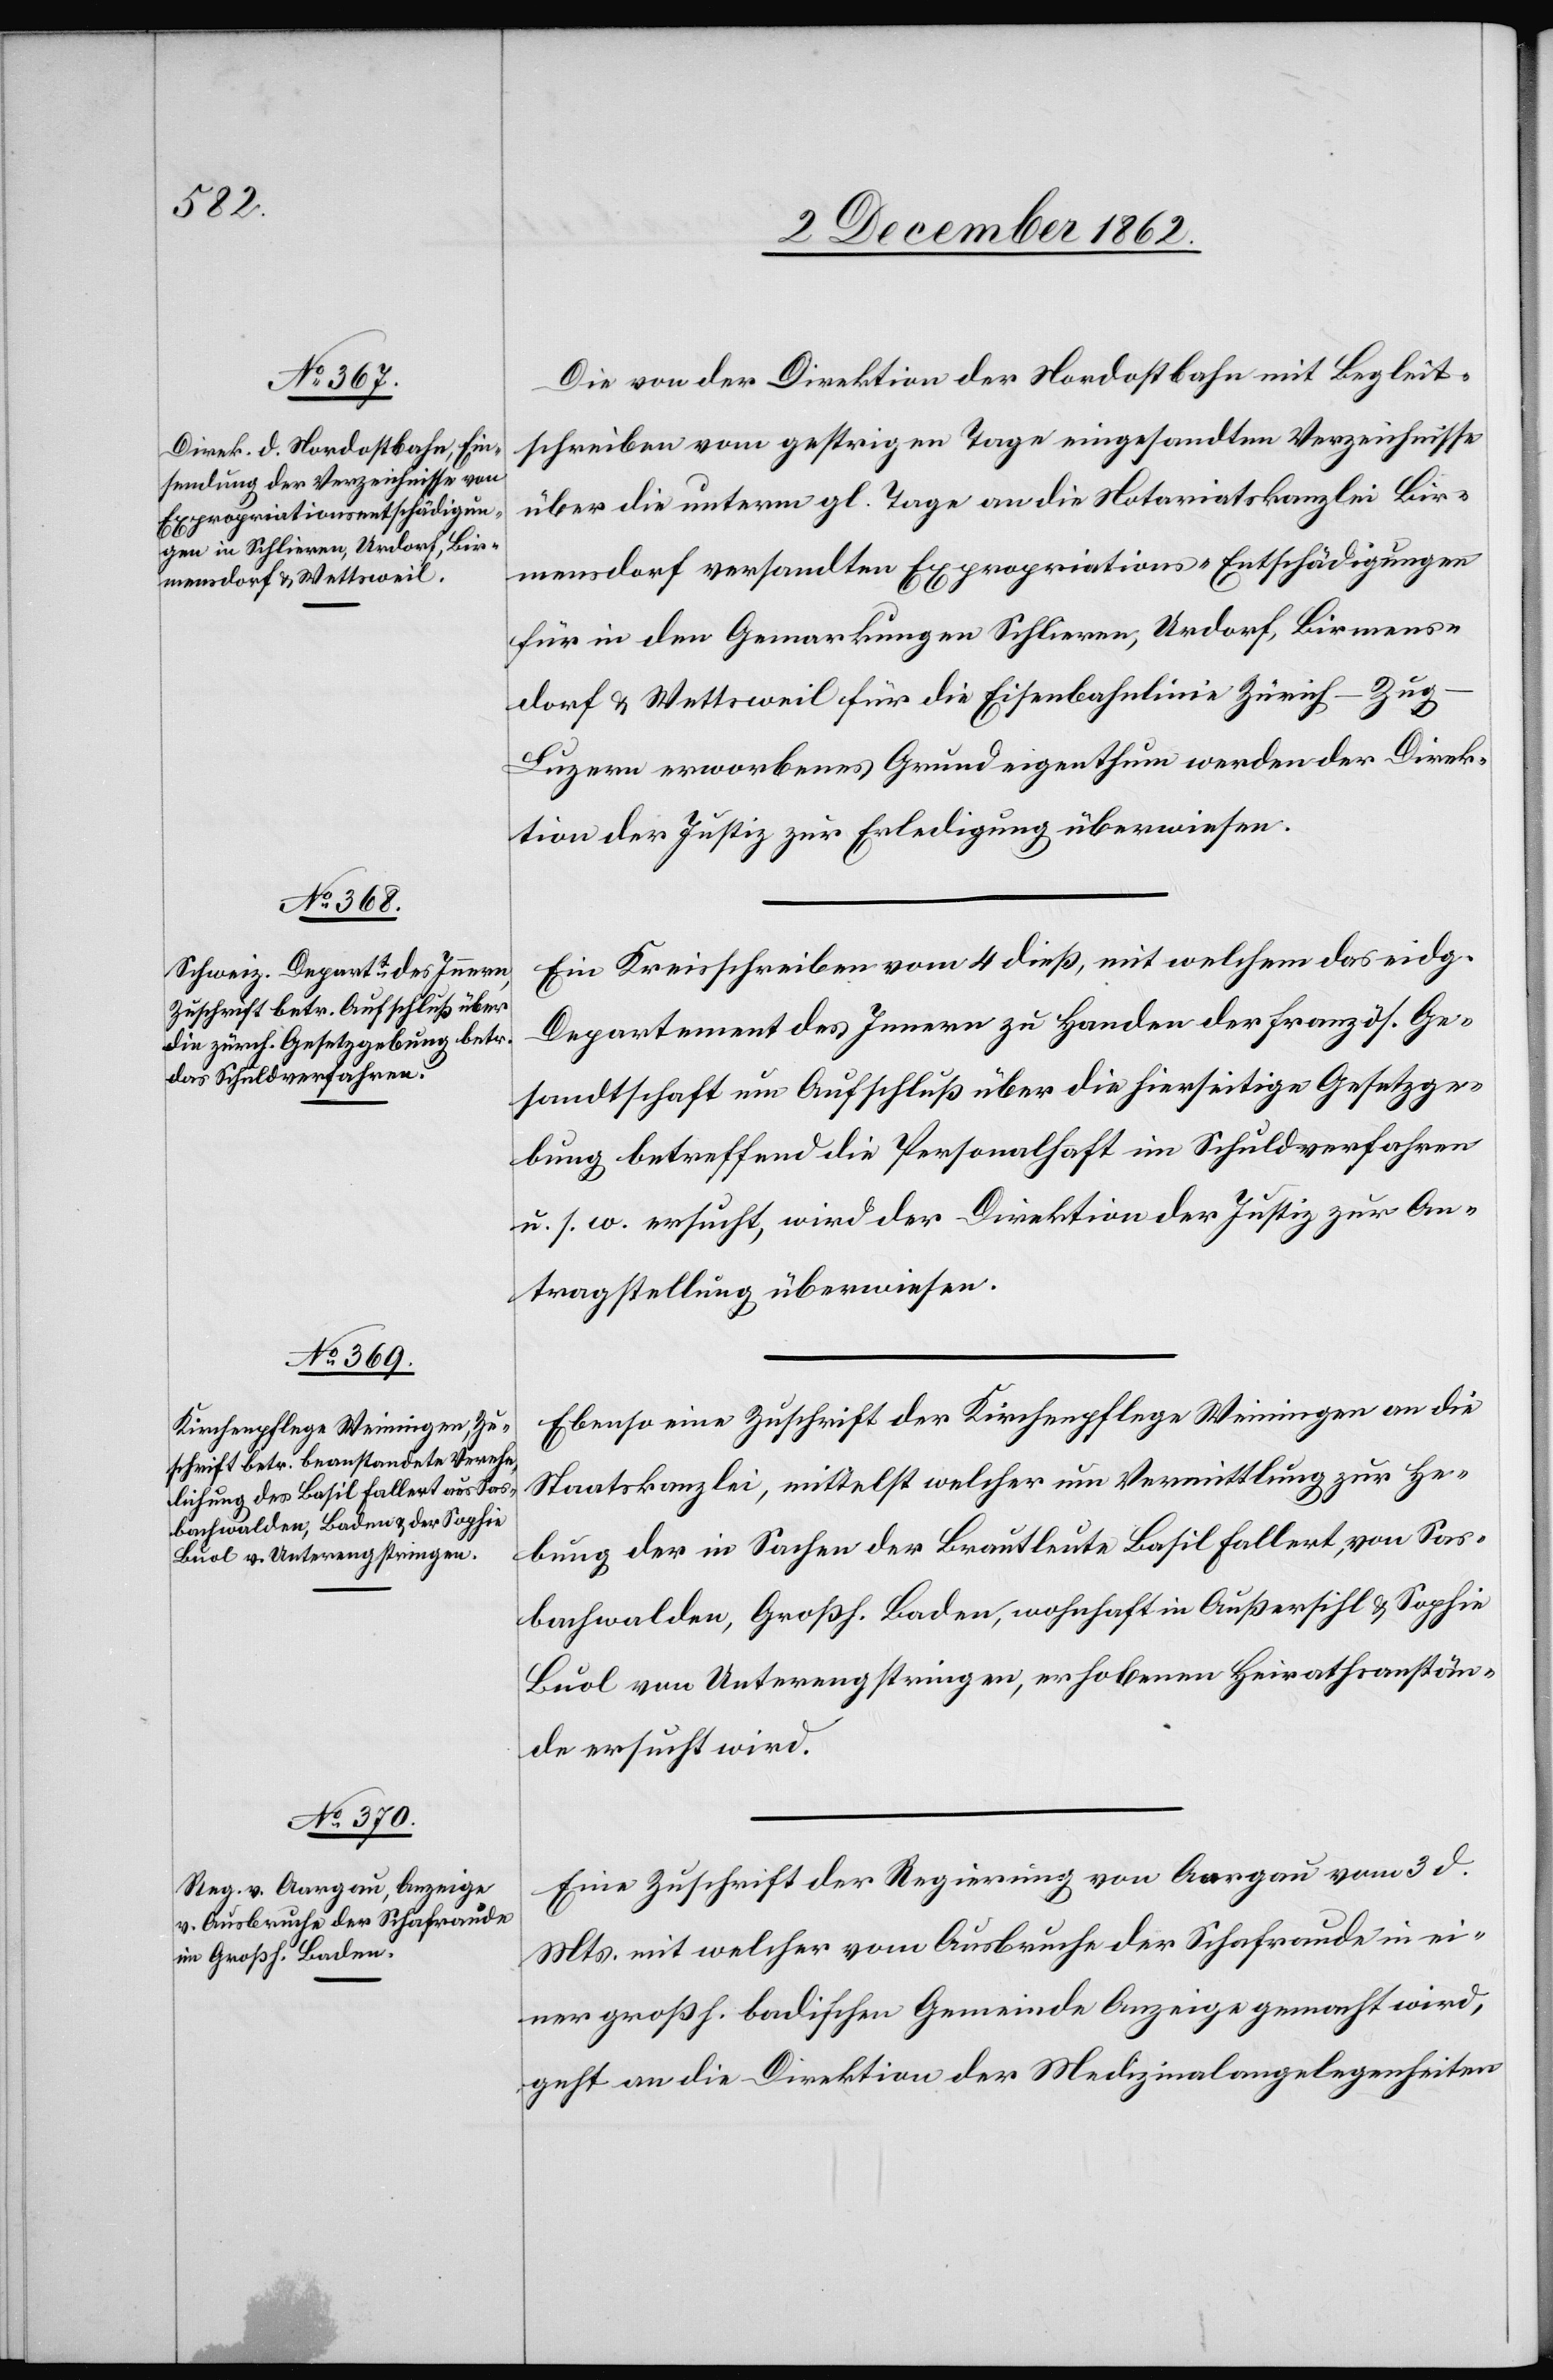
5. December 1862.]
Die von der Direktion der Nordostbahn mit Begleit¬
schreiben vom gestrigen Tage eingesandten Verzeichnisse
über die unterm gl. Tage an die Notariatskanzlei Bir¬
mensdorf versandten Expropriations-Entschädigungen
für in den Gemarkungen Schlieren, Urdorf, Birmens¬
dorf u. Wettsweil für die Eisenbahnlinie Zürich–Zu¬
g–Luzern erworbenes Grundeigenthum werden der Direk¬
tion der Justiz zur Erledigung überwiesen.
Ein Kreisschreiben vom 4. dieß, mit welchem das eidg.
Departement des Innern zu Handen der französ. Ge¬
sandtschaft um Aufschluß über die hierseitige Gesetzesge¬
bung betreffend die Personalhaft im Schulverfahren
u. s. w. ersucht, wird der Direktion der Justiz zur An¬
tragstellung überwiesen.
Ebenso eine Zuschrift der Kirchenpflege Weiningen an die
Staatskanzlei, mittelst welcher um Vermittlung zur He¬
bung der in Sachen der Brautleute Basil Fallert, von Sas¬
bachwalden, Großh. Baden, wohnhaft in Außersihl u. Sophie
Buol von Unterengstringen, erhobenen Heirathsanstän¬
de ersucht wird.
Eine Zuschrift der Regierung von Aargau vom 3. d.
Mts. mit welcher vom Ausbruche der Schafraude in ei¬
ner großh. badischen Gemeinde Anzeige gemacht wird,
geht an die Direktion der Medizinalangelegenheiten